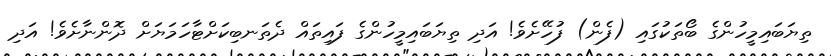
ތިޔަބައިމީހުންގެ ބޯތަކުގައި (ފެން) ފުހޭށެވެ! އަދި ތިޔަބައިމީހުންގެ ފައިތައް ދެތަނބިކަށްޓާހަމަޔަށް ދޮންނާށެވެ! އަދި